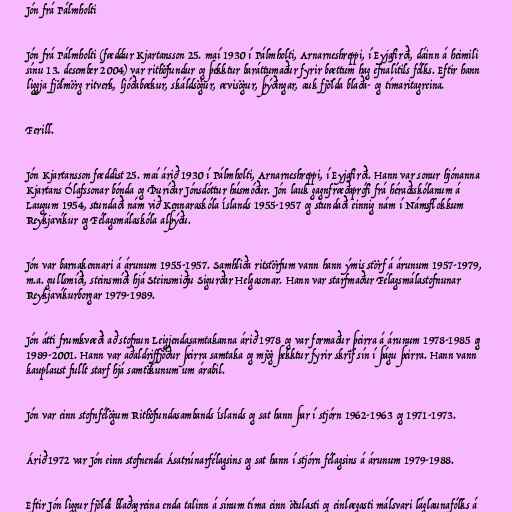
Jón frá Pálmholti

Jón frá Pálmholti (fæddur Kjartansson 25. maí 1930 í Pálmholti, Arnarneshreppi, í Eyjafirði, dáinn á heimili
sínu 13. desember 2004) var rithöfundur og þekktur baráttumaður fyrir bættum hag efnalítils fólks. Eftir hann
liggja fjölmörg ritverk, ljóðabækur, skáldsögur, ævisögur, þýðingar, auk fjölda blaða- og tímaritagreina.

Ferill.

Jón Kjartansson fæddist 25. maí árið 1930 í Pálmholti, Arnarneshreppi, í Eyjafirði. Hann var sonur hjónanna
Kjartans Ólafssonar bónda og Þuríðar Jónsdóttur húsmóður. Jón lauk gagnfræðaprófi frá héraðsskólanum á
Laugum 1954, stundaði nám við Kennaraskóla Íslands 1955-1957 og stundaði einnig nám í Námsflokkum
Reykjavíkur og Félagsmálaskóla alþýðu.

Jón var barnakennari á árunum 1955-1957. Samhliða ritstörfum vann hann ýmis störf á árunum 1957-1979,
m.a. gullsmíði, steinsmíði hjá Steinsmiðju Sigurðar Helgasonar. Hann var starfmaður Félagsmálastofnunar
Reykjavíkurborgar 1979-1989.

Jón átti frumkvæði að stofnun Leigjendasamtakanna árið 1978 og var formaður þeirra á árunum 1978-1985 og
1989-2001. Hann var aðaldriffjöður þeirra samtaka og mjög þekktur fyrir skrif sín í þágu þeirra. Hann vann
kauplaust fullt starf hjá samtökunum um árabil.

Jón var einn stofnfélögum Rithöfundasambands Íslands og sat hann þar í stjórn 1962-1963 og 1971-1973.

Árið 1972 var Jón einn stofnenda Ásatrúnarfélagsins og sat hann í stjórn félagsins á árunum 1979-1988.

Eftir Jón liggur fjöldi blaðagreina enda talinn á sínum tíma einn ötulasti og einlægasti málsvari láglaunafólks á